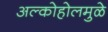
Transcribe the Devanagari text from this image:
अल्कोहोलमुळे